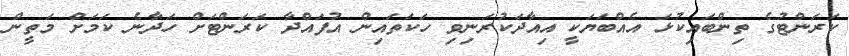
ކަރަންޓުގެ ތިންބައިކުޅަ އެއްބަޔަކީ އިއާދަކުރަނިވި ހަކަތައިން އުފައްދާ ކަރަންޓަށް ހަދާނެ ކަމަށް މަތީން